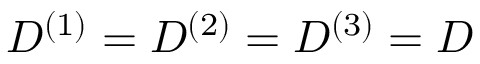
D ^ { ( 1 ) } = D ^ { ( 2 ) } = D ^ { ( 3 ) } = D